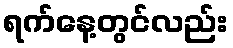
ရက်နေ့တွင်လည်း